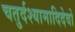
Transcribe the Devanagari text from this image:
चतुर्दश्यामादिदेवो